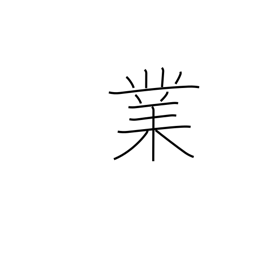
Meaning: performance